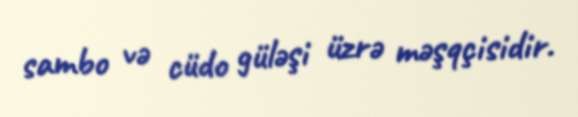
sambo və cüdo güləşi üzrə məşqçisidir.